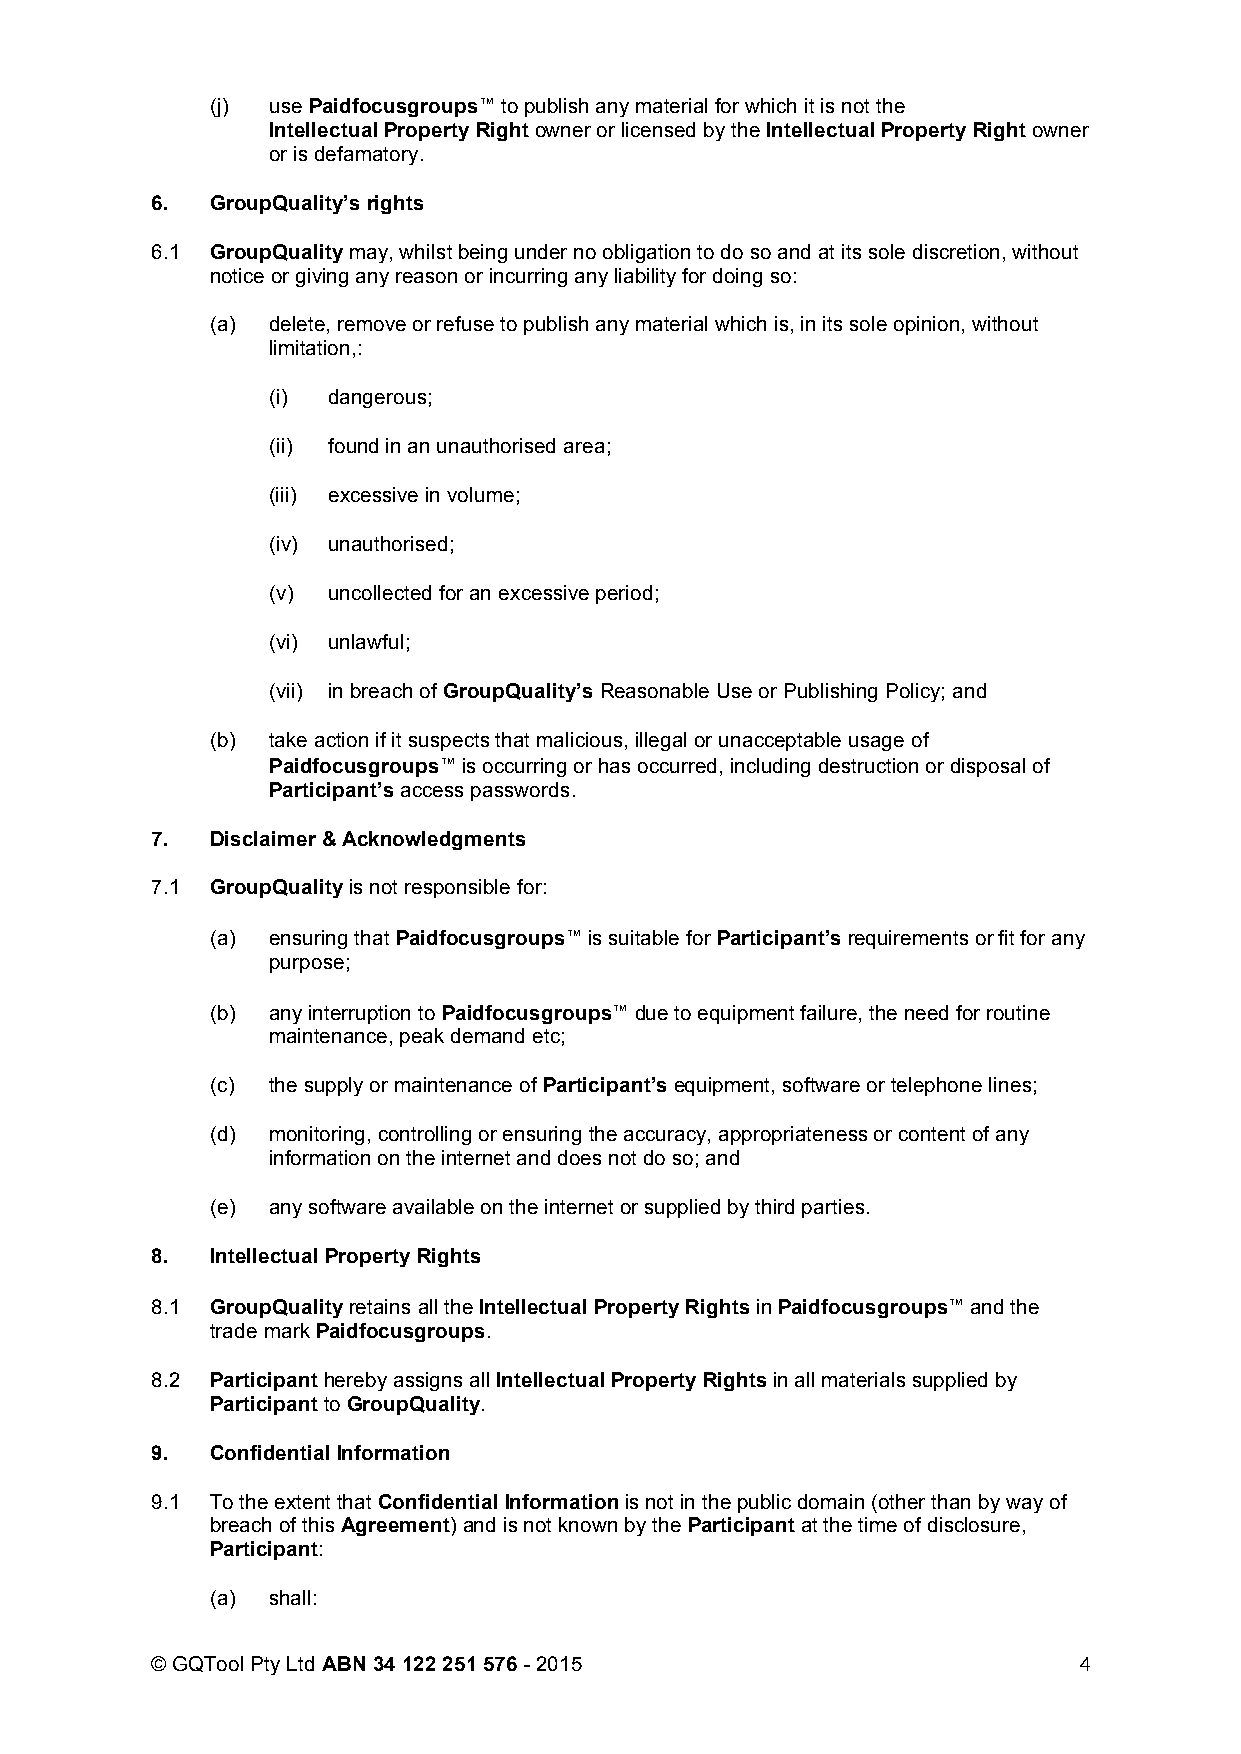
(j) use Paidfocusgroups™ to publish any material for which it is not the
 Intellectual Property Right owner or licensed by the Intellectual Property Right owner
 or is defamatory.
 6.  GroupQuality’s rights
 6.1 GroupQuality may, whilst being under no obligation to do so and at its sole discretion, without
 notice or giving any reason or incurring any liability for doing so:
 (a) delete, remove or refuse to publish any material which is, in its sole opinion, without
 limitation,:
 (i) dangerous;
 (ii) found in an unauthorised area;
 (iii) excessive in volume;
 (iv) unauthorised;
 (v) uncollected for an excessive period;
 (vi) unlawful;
 (vii) in breach of GroupQuality’s Reasonable Use or Publishing Policy; and
 (b) take action if it suspects that malicious, illegal or unacceptable usage of
 Paidfocusgroups™ is occurring or has occurred, including destruction or disposal of
 Participant’s access passwords.
 7.  Disclaimer & Acknowledgments
 7.1 GroupQuality is not responsible for:
 (a) ensuring that Paidfocusgroups™ is suitable for Participant’s requirements or fit for any
 purpose;
 (b) any interruption to Paidfocusgroups™ due to equipment failure, the need for routine
 maintenance, peak demand etc;
 (c) the supply or maintenance of Participant’s equipment, software or telephone lines;
 (d) monitoring, controlling or ensuring the accuracy, appropriateness or content of any
 information on the internet and does not do so; and
 (e) any software available on the internet or supplied by third parties.
 8.  Intellectual Property Rights
 8.1 GroupQuality retains all the Intellectual Property Rights in Paidfocusgroups™ and the
 trade mark Paidfocusgroups.
 8.2 Participant hereby assigns all Intellectual Property Rights in all materials supplied by
 Participant to GroupQuality.
 9.  Confidential Information
 9.1 To the extent that Confidential Information is not in the public domain (other than by way of
 breach of this Agreement) and is not known by the Participant at the time of disclosure,
 Participant:
 (a) shall:
 © GQTool Pty Ltd ABN 34 122 251 576 - 2015                   4